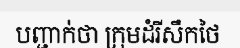
បញ្ជាក់ថា ក្រុមដំរីសឹកថៃ